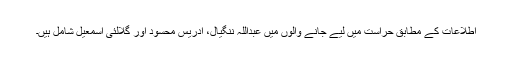
اطلاعات کے مطابق حراست میں لیے جانے والوں میں عبداللہ ننگیال، ادریس محسود اور گلالئی اسمعیل شامل ہیں۔